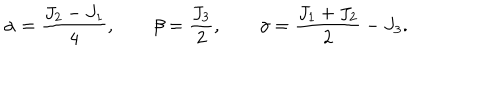
\alpha = \frac { J _ { 2 } - J _ { 1 } } { 4 } , \qquad \beta = \frac { J _ { 3 } } { 2 } , \qquad \gamma = \frac { J _ { 1 } + J _ { 2 } } { 2 } - J _ { 3 } .